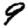
Digit: 9